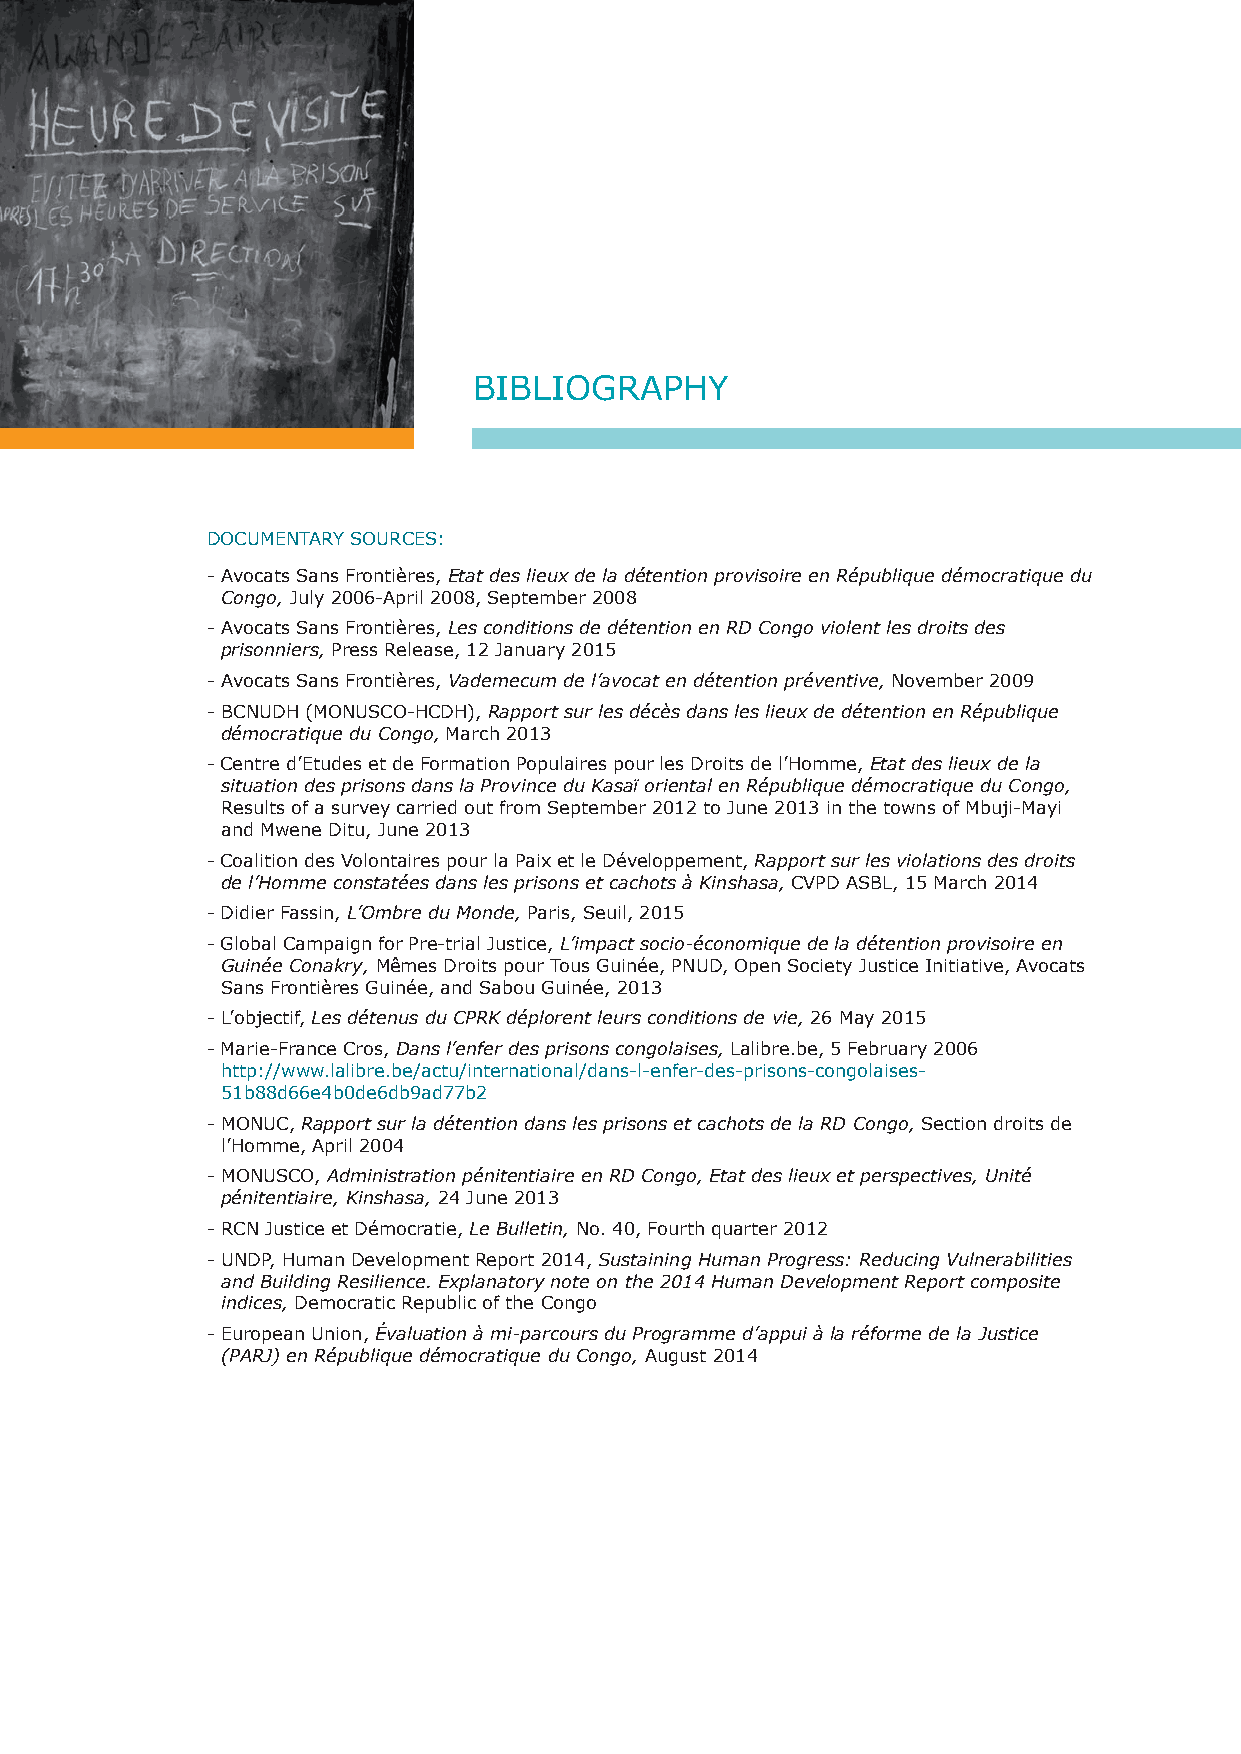
40
 BIBlIoGRAphy
 DoCumENTARy SouRCES:
 - Avocats Sans Frontières, Etat des lieux de la détention provisoire en République démocratique du
 Congo, July 2006-April 2008, September 2008
 - Avocats Sans Frontières, Les conditions de détention en RD Congo violent les droits des
 prisonniers, press Release, 12 January 2015
 - Avocats Sans Frontières, Vademecum de l’avocat en détention préventive, November 2009
 - BCNuDh (moNuSCo-hCDh), Rapport sur les décès dans les lieux de détention en République
 démocratique du Congo, march 2013
 - Centre d’Etudes et de Formation populaires pour les Droits de l’homme, Etat des lieux de la
 situation des prisons dans la Province du Kasaï oriental en République démocratique du Congo,
 Results of a survey carried out from September 2012 to June 2013 in the towns of mbuji-mayi
 and mwene Ditu, June 2013
 - Coalition des Volontaires pour la paix et le Développement, Rapport sur les violations des droits
 de l’Homme constatées dans les prisons et cachots à Kinshasa, CVpD ASBl, 15 march 2014
 - Didier Fassin, L’Ombre du Monde, paris, Seuil, 2015
 - Global Campaign for pre-trial Justice, L’impact socio-économique de la détention provisoire en
 Guinée Conakry, mêmes Droits pour Tous Guinée, pNuD, open Society Justice Initiative, Avocats
 Sans Frontières Guinée, and Sabou Guinée, 2013
 - l’objectif, Les détenus du CPRK déplorent leurs conditions de vie, 26 may 2015
 - marie-France Cros, Dans l’enfer des prisons congolaises, lalibre.be, 5 February 2006
 http://www.lalibre.be/actu/international/dans-l-enfer-des-prisons-congolaises-
 51b88d66e4b0de6db9ad77b2
 - moNuC, Rapport sur la détention dans les prisons et cachots de la RD Congo, Section droits de
 l’homme, April 2004
 - moNuSCo, Administration pénitentiaire en RD Congo, Etat des lieux et perspectives, Unité
 pénitentiaire, Kinshasa, 24 June 2013
 - R CN Justice et Démocratie, Le Bulletin, No. 40, Fourth quarter 2012
 - u NDp, human Development Report 2014, Sustaining Human Progress: Reducing Vulnerabilities
 and Building Resilience. Explanatory note on the 2014 Human Development Report composite
 indices, Democratic Republic of the Congo
 - E uropean union, Évaluation à mi-parcours du Programme d’appui à la réforme de la Justice
 (PARJ) en République démocratique du Congo, August 2014